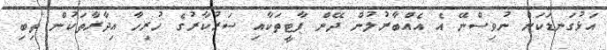
އަޅުގަނޑަކަށް ނުވިސްނޭ އެ އެއްބާރުލުން ދޭން ޕާޓީތަކާއި ސަރުކާރުގެ ހުރިހާ އިދާރާތަކުން ތިބި